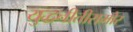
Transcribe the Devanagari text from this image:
युद्धनीतीसमोर